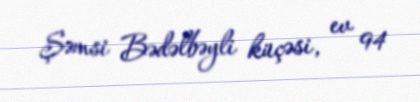
Şəmsi Bədəlbəyli küçəsi, ev 94